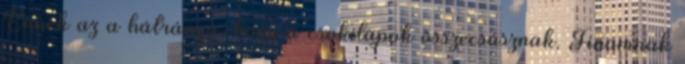
Ennek az a hátránya, hogy a csokilapok összecsúsznak. Finomnak